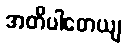
အတိပါတေယျ